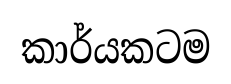
කාර්යකටම